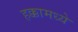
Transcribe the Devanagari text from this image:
हक्कामध्ये